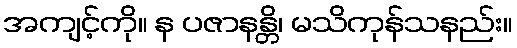
အကျင့်ကို။ န ပဇာနန္တိ၊ မသိကုန်သနည်း။